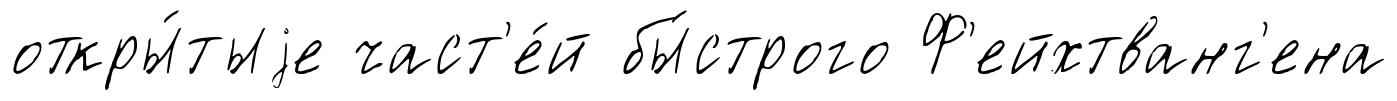
откры́тыjе част'е́й бы́строго Ф'ейхтванг'ена